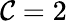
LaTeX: \mathcal{C}=2